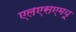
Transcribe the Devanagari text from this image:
एलएसएमयू